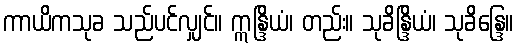
ကာယိကသုခ သည်ပင်လျှင်။ ဣန္ဒြိယံ၊ တည်း။ သုခိန္ဒြိယံ၊ သုခိန္ဒြေ။